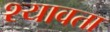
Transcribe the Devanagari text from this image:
श्यावता